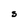
Character: S